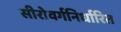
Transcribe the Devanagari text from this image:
सीरोवर्गनिर्धारित